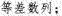
等差数列；